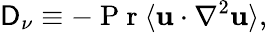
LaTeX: \mathsf{D}_{\nu}\equiv-\mathrm{{~P~r~}}\langle\textbf{{u}}\cdot\nabla^{2}\textbf{{u}}\rangle,